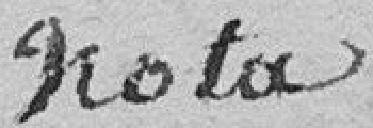
Nota